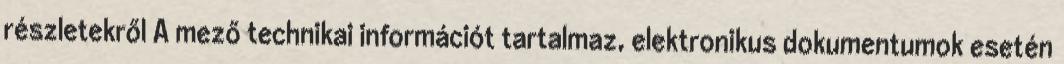
részletekről A mező technikai információt tartalmaz, elektronikus dokumentumok esetén